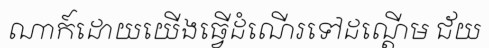
ណាក៍ដោយយើងធ្វើដំណើរទៅដណ្តើម ជ័យ